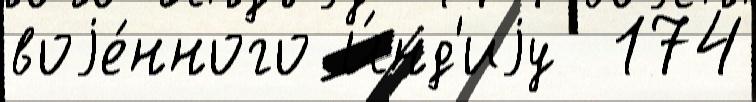
воjе́нного И́нд'иjу  174